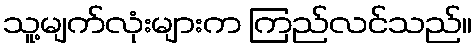
သူ့မျက်လုံးများက ကြည်လင်သည်။